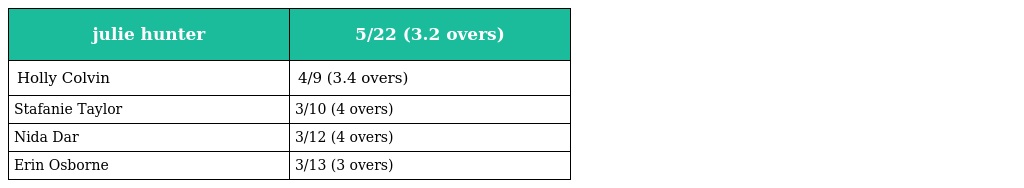
| julie hunter | 5/22 (3.2 overs) |
 | --- | --- |
 | Holly Colvin | 4/9 (3.4 overs) |
 | Stafanie Taylor | 3/10 (4 overs) |
 | Nida Dar | 3/12 (4 overs) |
 | Erin Osborne | 3/13 (3 overs) |